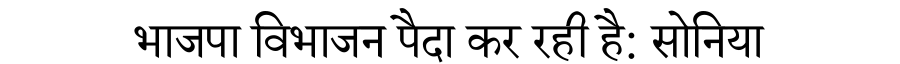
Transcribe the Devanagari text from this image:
भाजपा विभाजन पैदा कर रही है: सोनिया